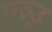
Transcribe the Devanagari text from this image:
गरुड़्